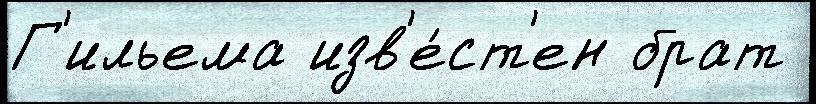
Г'ильема изв'е́ст'ен брат